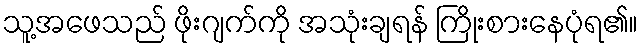
သူ့အဖေသည် ဖိုးဂျက်ကို အသုံးချရန် ကြိုးစားနေပုံရ၏။